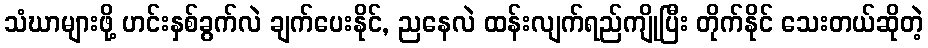
သံဃာများဖို့ ဟင်းနှစ်ခွက်လဲ ချက်ပေးနိုင်, ညနေလဲ ထန်းလျက်ရည်ကျိုပြီး တိုက်နိုင် သေးတယ်ဆိုတဲ့